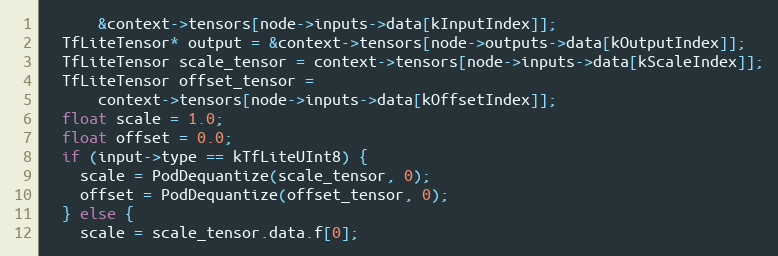
Language: C++
      &context->tensors[node->inputs->data[kInputIndex]];
  TfLiteTensor* output = &context->tensors[node->outputs->data[kOutputIndex]];
  TfLiteTensor scale_tensor = context->tensors[node->inputs->data[kScaleIndex]];
  TfLiteTensor offset_tensor =
      context->tensors[node->inputs->data[kOffsetIndex]];
  float scale = 1.0;
  float offset = 0.0;
  if (input->type == kTfLiteUInt8) {
    scale = PodDequantize(scale_tensor, 0);
    offset = PodDequantize(offset_tensor, 0);
  } else {
    scale = scale_tensor.data.f[0];